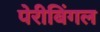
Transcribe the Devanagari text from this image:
पेरीबिंगल